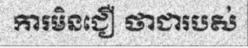
ការមិនជឿ ថាជារបស់